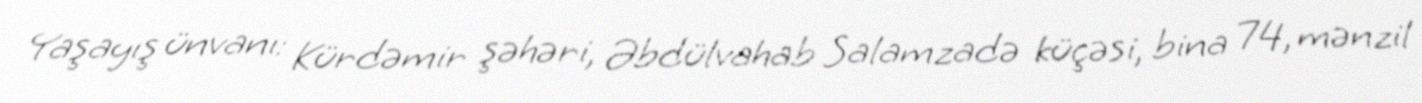
Yaşayış ünvanı: Kürdəmir şəhəri, Əbdülvahab Salamzadə küçəsi, bina 74, mənzil